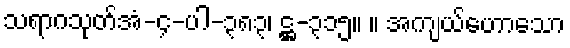
သရာဂသုတ်အံ-၄-ပါ-၃၈၃၊ ဋ္ဌ-၃၁၅။ ။ အကျယ်ဟောသော